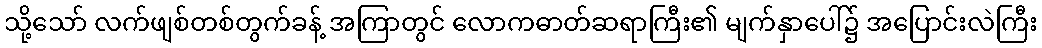
သို့သော် လက်ဖျစ်တစ်တွက်ခန့် အကြာတွင် လောကဓာတ်ဆရာကြီး၏ မျက်နှာပေါ်၌ အပြောင်းလဲကြီး